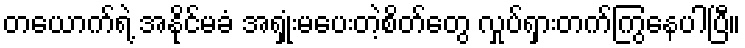
တယောက်ရဲ့ အနိုင်မခံ အရှုံးမပေးတဲ့စိတ်တွေ လှုပ်ရှားတက်ကြွနေပါပြီ။